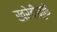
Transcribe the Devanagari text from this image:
खरेदीमुळे